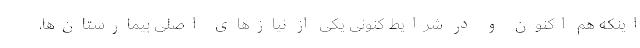
اینکه هم اکنون و در شرایط کنونی یکی از نیازهای اصلی بیمارستان‌ها،